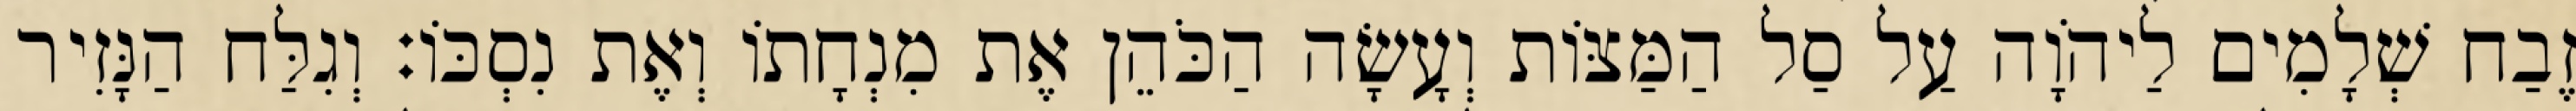
זֶבַח שְׁלָמִים לַיהֹוָה עַל סַל הַמַּצּוֹת וְעָשָׂה הַכֹּהֵן אֶת מִנְחָתוֹ וְאֶת נִסְכּוֹ׃ וְגִלַּח הַנָּזִיר